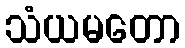
သံယမတော